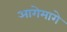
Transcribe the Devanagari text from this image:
आगेमागे